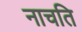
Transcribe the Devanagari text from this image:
नाचति